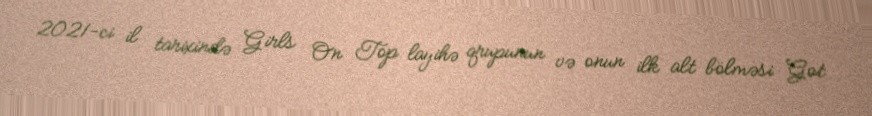
2021-ci il tarixində Girls On Top layihə qrupunun və onun ilk alt bölməsi Got